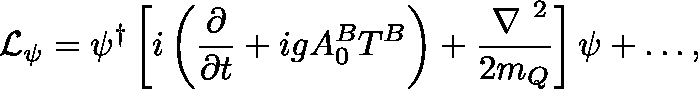
{ \cal L } _ { \psi } = \psi ^ { \dagger } \left[ i \left( { \frac { \partial } { \partial t } } + i g A _ { 0 } ^ { B } T ^ { B } \right) + { \frac { \mathrm { \boldmath ~ \nabla ~ } ^ { 2 } } { 2 m _ { Q } } } \right] \psi + \ldots ,